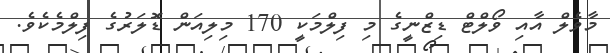
މާވެލް އާއި ވޯލްޓް ޑިޒްނީގެ މި ފިލްމަކީ 170 މިލިއަން ޑޮލަރުގެ ފިލްމެކެވެ.